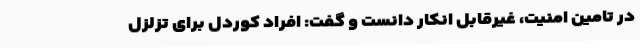
در تامین امنیت، غیرقابل انکار دانست و گفت: افراد کوردل برای تزلزل